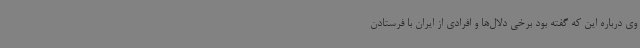
وی درباره این که گفته بود برخی دلال‌ها و افرادی از ایران با فرستادن